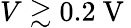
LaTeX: V\gtrsim 0.2\mathrm{~V~}